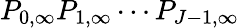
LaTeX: P_{0,\infty}P_{1,\infty}\cdots P_{J-1,\infty}